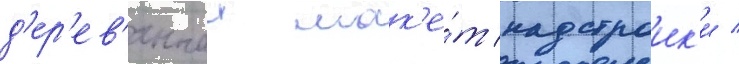
д'ер'ев'янныи мак'е́т надстроик'и /